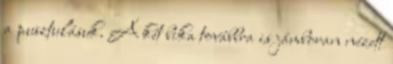
a pusztulásuk. A két bika továbbra is jámboran nézett